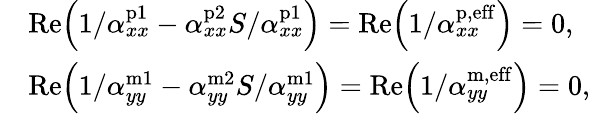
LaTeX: \begin{array}{rl}&{\mathrm{Re}\Bigl(1/\alpha_{xx}^{\mathrm{p1}}-\alpha_{xx}^{\mathrm{p2}}S/\alpha_{xx}^{\mathrm{p1}}\Bigr)=\mathrm{Re}\Bigl(1/\alpha_{xx}^{\mathrm{p,eff}}\Bigr)=0,}\\ &{\mathrm{Re}\Bigl(1/\alpha_{yy}^{\mathrm{m1}}-\alpha_{yy}^{\mathrm{m2}}S/\alpha_{yy}^{\mathrm{m1}}\Bigr)=\mathrm{Re}\Bigl(1/\alpha_{yy}^{\mathrm{m,eff}}\Bigr)=0,}\end{array}